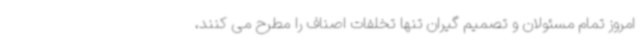
امروز تمام مسئولان و تصمیم گیران تنها تخلفات اصناف را مطرح می کنند،